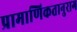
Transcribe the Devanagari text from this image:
प्रामाणिकतानुराग